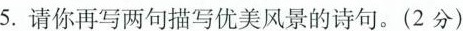
5.请你再写两句描写优美风景的诗句。(2分)